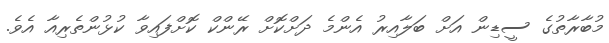
މުބާރާތުގެ ސީޑިން އަށް ބަލާއިރު އެންމެ ދަށްކޮށް ރޭންކް ކޮށްފައިވާ ކުޅުންތެރިއާ އެވެ.